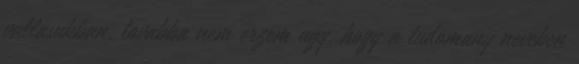
vallasukban, tovabba nem erzem ugy, hogy a tudomany neveben